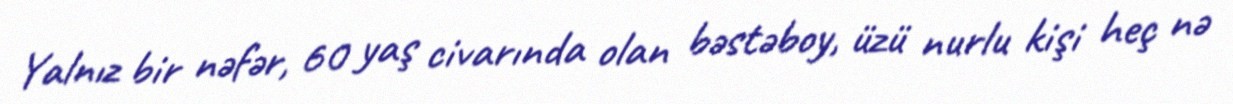
Yalnız bir nəfər, 60 yaş civarında olan bəstəboy, üzü nurlu kişi heç nə